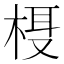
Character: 𬃁